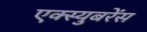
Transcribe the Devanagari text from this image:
एक्स्युबरेंस